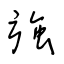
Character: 強